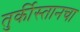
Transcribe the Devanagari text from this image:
तुर्कीस्तानचा